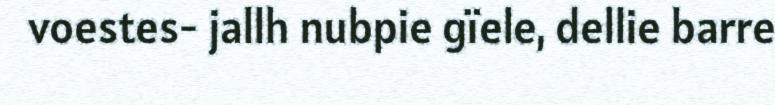
voestes- jallh nubpie gïele, dellie barre